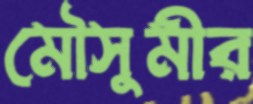
মৌসুমীর